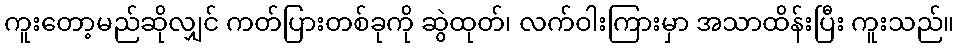
ကူးတော့မည်ဆိုလျှင် ကတ်ပြားတစ်ခုကို ဆွဲထုတ်၊ လက်ဝါးကြားမှာ အသာထိန်းပြီး ကူးသည်။